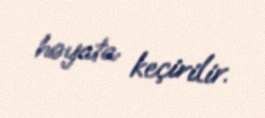
həyata keçirilir.